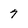
Character: 7